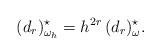
LaTeX: \begin{align*}(d_r)^\star_{\omega_h} = h^{2r}\,(d_r)^\star_\omega.\end{align*}